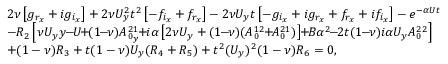
\begin{array} { r l } & { 2 \nu \left[ g _ { r _ { x } } + i g _ { i _ { x } } \right] + 2 \nu U _ { y } ^ { 2 } t ^ { 2 } \left[ - f _ { i _ { x } } + f _ { r _ { x } } \right] - 2 \nu U _ { y } t \left[ - g _ { i _ { x } } + i g _ { r _ { x } } + f _ { r _ { x } } + i f _ { i _ { x } } \right] - e ^ { - \alpha U t } } \\ & { - R _ { 2 } \left[ \nu U _ { y } y \! \! - \! \! U \! \! + \! \! ( 1 \! \! - \! \! \nu ) A _ { 0 _ { y } } ^ { 2 1 } \! \! + \! \! i \alpha \left[ 2 \nu U _ { y } + ( 1 \! \! - \! \! \nu ) ( A _ { 0 } ^ { 1 2 } \! \! + \! \! A _ { 0 } ^ { 2 1 } ) \right] \! \! + \! \! B \alpha ^ { 2 } \! \! - \! \! 2 t ( 1 \! \! - \! \! \nu ) i \alpha U _ { y } A _ { 0 } ^ { 2 2 } \right] } \\ & { + ( 1 - \nu ) R _ { 3 } + t ( 1 - \nu ) U _ { y } ( R _ { 4 } + R _ { 5 } ) + t ^ { 2 } ( U _ { y } ) ^ { 2 } ( 1 - \nu ) R _ { 6 } = 0 , } \end{array}